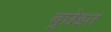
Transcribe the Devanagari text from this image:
बुछेइत